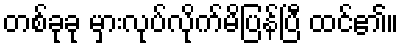
တစ်ခုခု မှားလုပ်လိုက်မိပြန်ပြီ ထင်၏။